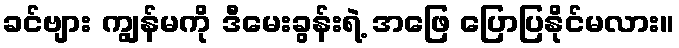
ခင်ဗျား ကျွန်မကို ဒီမေးခွန်းရဲ့ အဖြေ ပြောပြနိုင်မလား။